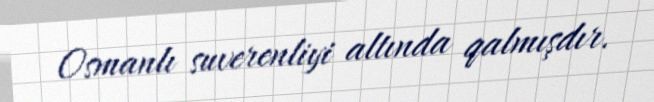
Osmanlı suverenliyi altında qalmışdır.